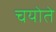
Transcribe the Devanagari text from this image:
चयोते